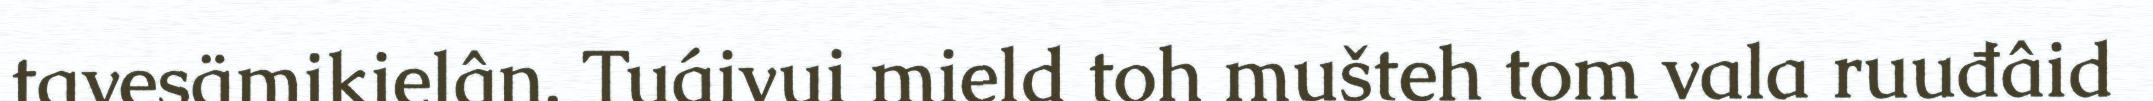
tavesämikielân. Tuáivui mield toh mušteh tom vala ruuđâid